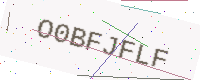
Text: O0BFJFLF